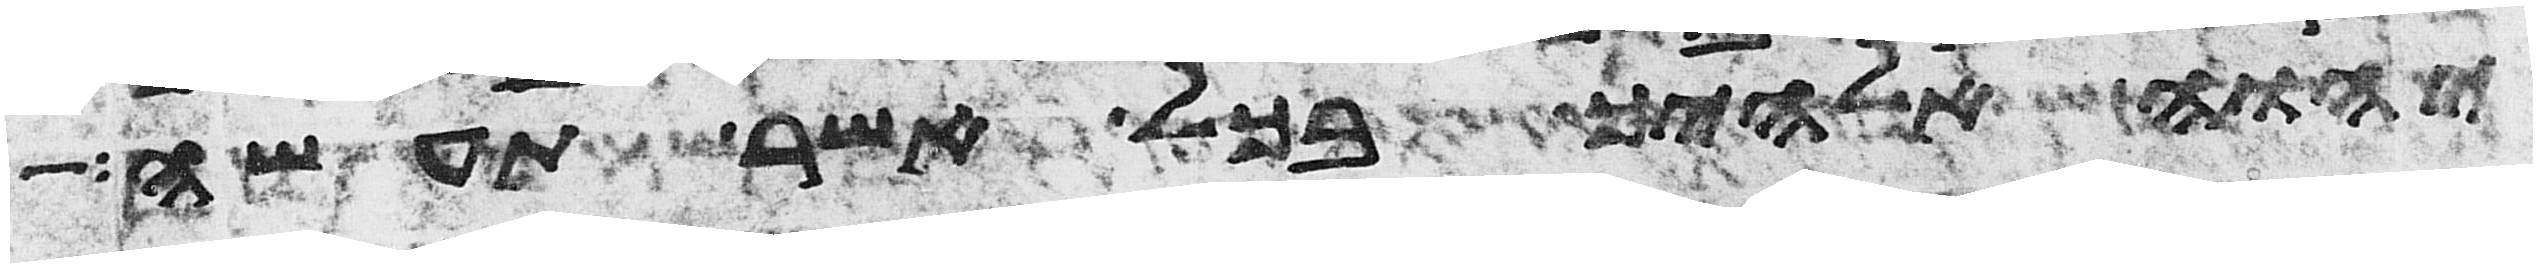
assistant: יהוה אלהיך בכל אשר תעשה